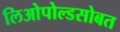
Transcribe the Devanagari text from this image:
लिओपोल्डसोबत